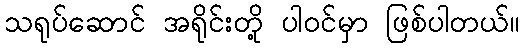
သရုပ်ဆောင် အရိုင်းတို့ ပါဝင်မှာ ဖြစ်ပါတယ်။